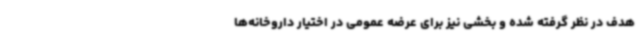
هدف در نظر گرفته شده و بخشی نیز برای عرضه عمومی در اختیار داروخانه‌ها